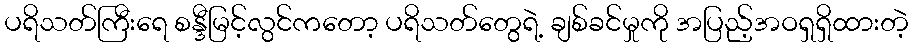
ပရိသတ်ကြီးရေ စန္ဒီမြင့်လွင်ကတော့ ပရိသတ်တွေရဲ့ ချစ်ခင်မှုကို အပြည့်အဝရှရှိထားတဲ့